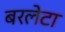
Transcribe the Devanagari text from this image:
बरलेटा